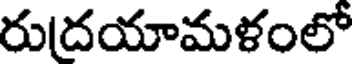
రుదయామళంలో